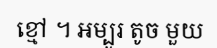
ខ្មៅ ។ អម្បូរ តូច មួយ